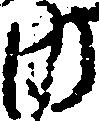
内